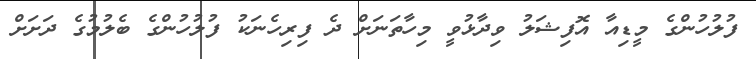
ފުލުހުންގެ މީޑިއާ އޮފިޝަލު ވިދާޅުވީ މިހާތަނަށް ދެ ފިރިހެނަކު ފުލުހުންގެ ބެލުމުގެ ދަށަށް